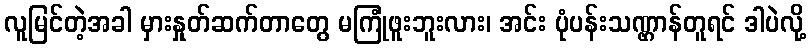
လူမြင်တဲ့အခါ မှားနှုတ်ဆက်တာတွေ မကြုံဖူးဘူးလား၊ အင်း ပုံပန်းသဏ္ဌာန်တူရင် ဒါပဲလို့